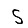
Digit: 5